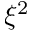
\xi ^ { 2 }